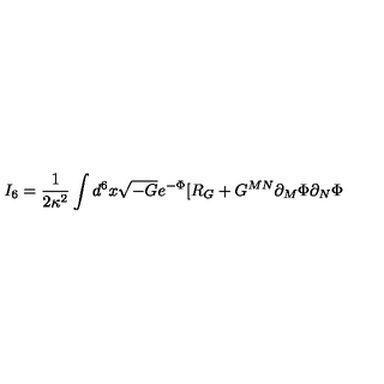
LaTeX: I _ { 6 } = \frac { 1 } { 2 \kappa ^ { 2 } } \int d ^ { 6 } x \sqrt { - G } e ^ { - \Phi } [ R _ { G } + G ^ { M N } \partial _ { M } \Phi \partial _ { N } \Phi